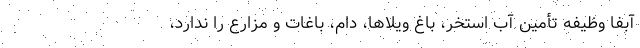
آبفا وظیفه تأمین آب استخر، باغ ویلاها، دام، باغات و مزارع را ندارد،